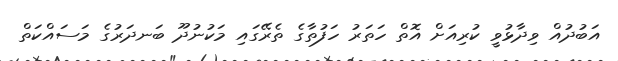
އަބުދުއް ވިދާޅުވީ ކުރިއަށް އޮތް ހަތަރު ހަފުތާގެ ތެރޭގައި މަކުނުދޫ ބަނދަރުގެ މަސައްކަތް